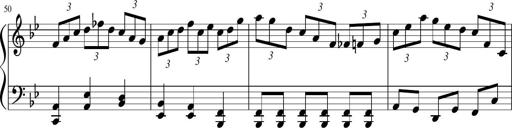
Title: Sonatina in F major
Composer: Ethan Ngo
Key: F major